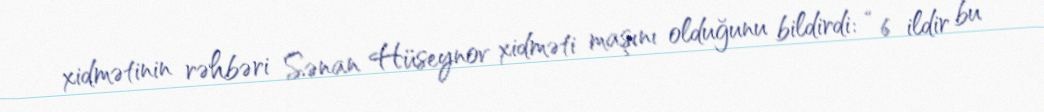
xidmətinin rəhbəri Sənan Hüseynov xidməti maşını olduğunu bildirdi: “6 ildir bu